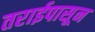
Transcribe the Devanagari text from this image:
तराईपासून